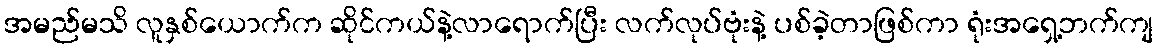
အမည်မသိ လူနှစ်ယောက်က ဆိုင်ကယ်နဲ့လာရောက်ပြီး လက်လုပ်ဗုံးနဲ့ ပစ်ခဲ့တာဖြစ်ကာ ရုံးအရှေ့ဘက်ကျ